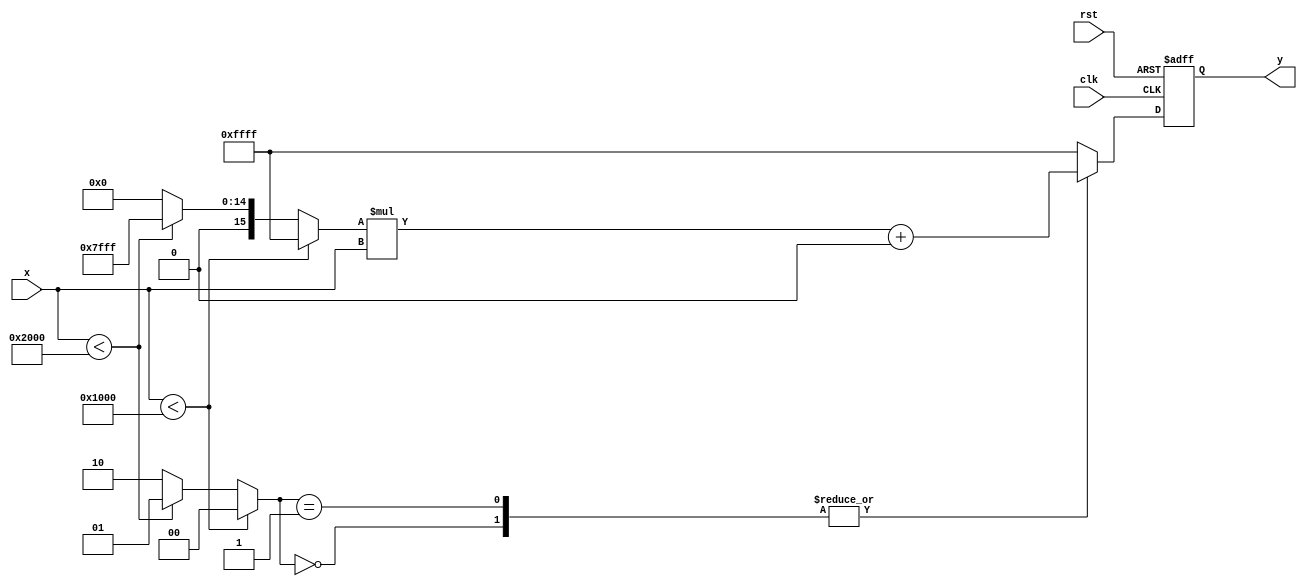
module reciprocal_approximation (
    input wire [15:0] x,          // Input value (fixed-point representation)
    output reg [15:0] y,          // Output value (approximation of 1/x)
    input wire clk,                // Clock signal
    input wire rst                 // Reset signal
);

    // Define breakpoints for segments (example values)
    localparam [15:0] BREAKPOINT_1 = 16'h1000; // 1.0 in fixed-point
    localparam [15:0] BREAKPOINT_2 = 16'h2000; // 2.0 in fixed-point

    // Coefficients for each segment (m, b)
    localparam [15:0] M1 = 16'hFFFF; // Slope for segment 1 (approximation for 1/x)
    localparam [15:0] B1 = 16'h0000; // Intercept for segment 1
    localparam [15:0] M2 = 16'h7FFF; // Slope for segment 2 (approximation for 1/x)
    localparam [15:0] B2 = 16'h0000; // Intercept for segment 2

    reg [15:0] m;                  // Slope
    reg [15:0] b;                  // Intercept
    reg [1:0] segment;             // Segment selector

    // Segment selection logic
    always @(*) begin
        if (x < BREAKPOINT_1) begin
            segment = 2'b00; // Below first breakpoint
            m = M1;
            b = B1;
        end else if (x < BREAKPOINT_2) begin
            segment = 2'b01; // Between first and second breakpoint
            m = M2;
            b = B2;
        end else begin
            segment = 2'b10; // Above second breakpoint (handle as needed)
            m = 16'h0000;    // Default values (could be error handling)
            b = 16'h0000;
        end
    end

    // Linear approximation calculation
    always @(posedge clk or posedge rst) begin
        if (rst) begin
            y <= 16'h0000; // Reset output
        end else begin
            // Calculate y = m * x + b
            // Note: This is a simple multiplication and addition
            // Adjust the multiplication based on fixed-point representation
            case (segment)
                2'b00: y <= (m * x) + b; // Segment 1
                2'b01: y <= (m * x) + b; // Segment 2
                default: y <= 16'hFFFF;   // Error case or default
            endcase
        end
    end

endmodule